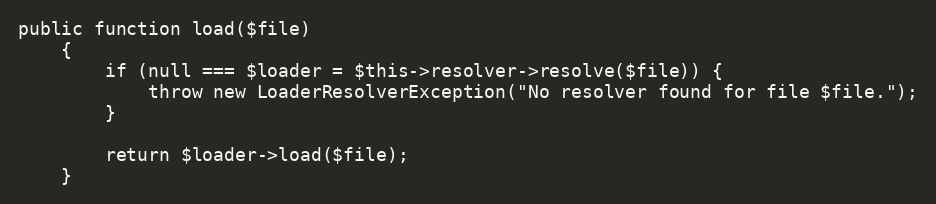
Language: PHP
public function load($file)
    {
        if (null === $loader = $this->resolver->resolve($file)) {
            throw new LoaderResolverException("No resolver found for file $file.");
        }

        return $loader->load($file);
    }